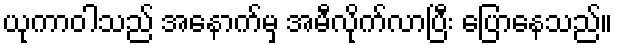
ယုကာဝါသည် အနောက်မှ အမီလိုက်လာပြီး ပြောနေသည်။